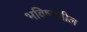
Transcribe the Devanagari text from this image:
भविष्यतील